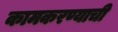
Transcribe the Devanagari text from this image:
कामकरण्याची